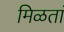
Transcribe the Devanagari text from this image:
मिळतां